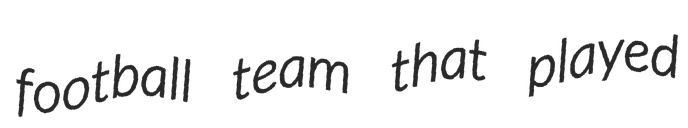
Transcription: football team that played